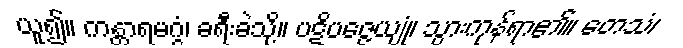
ယူ၍။ ကန္တာရမဂ္ဂံ၊ ခရီးခဲသို့။ ပဋိပဇ္ဇေယျုံ၊ သွားကုန်ရာ၏။ တေသံ၊